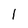
Character: l